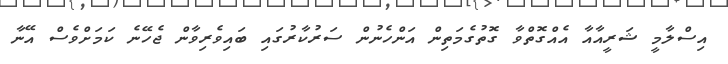
އިސްލާމީ ޝަރީއާއާ އެއްގޮތްވާ ގޮތުގެމަތިން އަންހެނުން ސަރުކާރުގައި ބައިވެރިވާން ޖެހޭނެ ކަމަށްވެސް އޭނާ